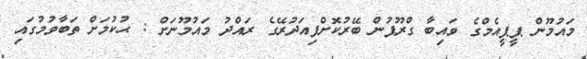
މައުމޫން ޕީޕީއެމްގެ ވައިބާ ގްރޫޕުން ބޭރުކޮށްފިއަދުރޭގެ ރައްދު މައުމޫނަށް : ޙުކުމަށް ތަބާވުމުގައި